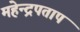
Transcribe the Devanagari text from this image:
महेन्द्रपताप